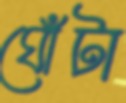
ঘোঁটা